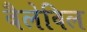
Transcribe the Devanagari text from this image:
बैलेविल